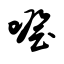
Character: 噔